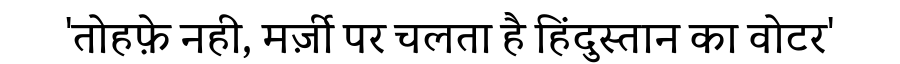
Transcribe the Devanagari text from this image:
'तोहफ़े नही, मर्ज़ी पर चलता है हिंदुस्तान का वोटर'